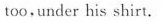
too,under his shirt.